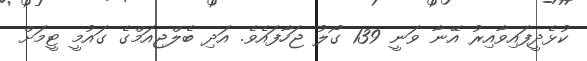
ކުޅެދީފައިވާއިރު އޭނާ ވަނީ 139 ގޯލު ޖަހާފައެވެ. އަދި ބެލްޖިއަމްގެ ގައުމީ ޓީމަށް